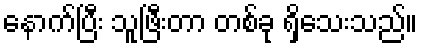
နောက်ပြီး သူဖြီးတာ တစ်ခု ရှိသေးသည်။